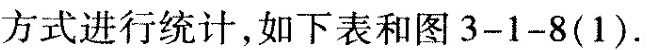
方式进行统计，如下表和图 3-1-8（ 1 ）.